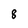
Character: 8